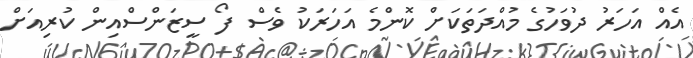
އެއް އަހަރު ދުވަހުގެ މުއްދަތަކަށް ކޮންމެ އަހަރަކު ވެސް ފޯ ސީޒަންސްއިން ކުރިއަށް